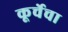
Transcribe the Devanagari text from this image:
कूर्चेचा